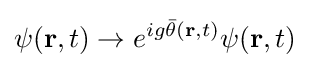
\psi (\mathbf {r} ,t)\rightarrow e^{ig{\bar {\theta }}(\mathbf {r} ,t)}\psi (\mathbf {r} ,t)